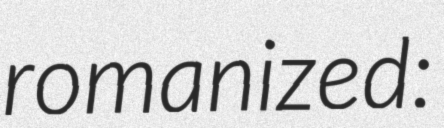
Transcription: romanized: